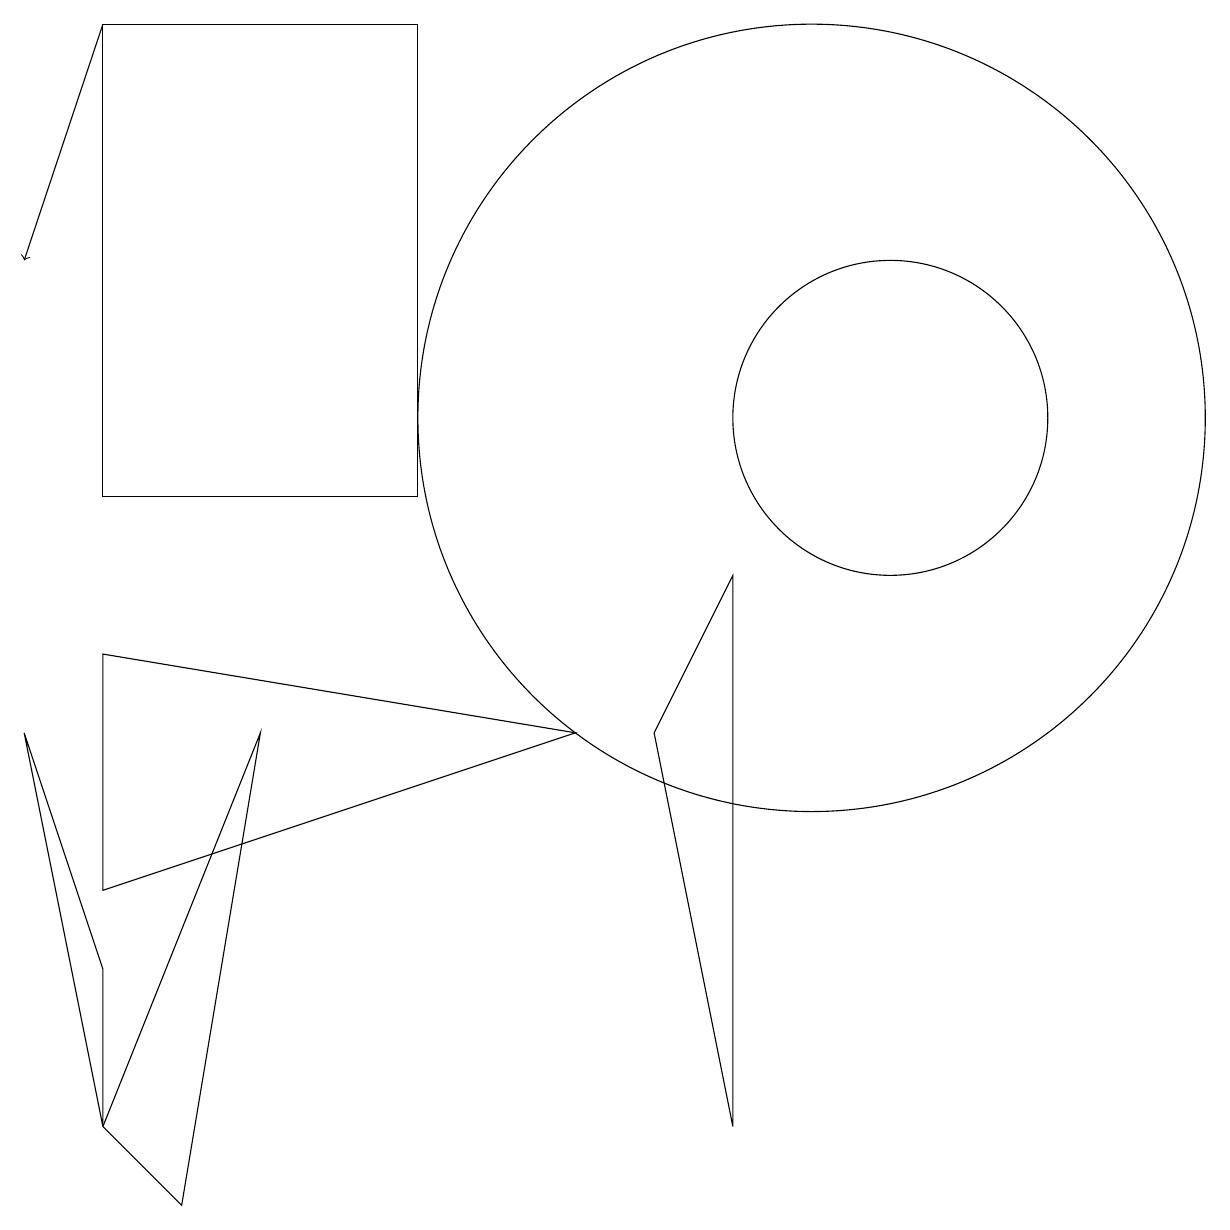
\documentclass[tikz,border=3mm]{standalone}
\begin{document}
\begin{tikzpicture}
\draw (8,7) -- (9,2) -- (9,9) -- cycle;
\draw (5,10) rectangle (1,16);
\draw (11,11) circle (2);
\draw (2,1) -- (3,7) -- (1,2) -- cycle;
\draw (1,8) -- (7,7) -- (1,5) -- cycle;
\draw (1,2) -- (1,4) -- (0,7) -- cycle;
\draw[->] (1,16) -- (0,13);
\draw (10,11) circle (5);
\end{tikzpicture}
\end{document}